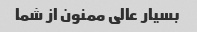
بسیار عالی ممنون از شما